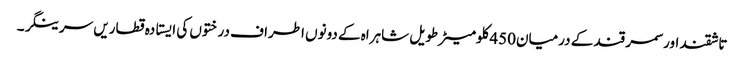
تاشقند اور سمر قند کے درمیان450کلومیٹر طویل شاہراہ کے دونوں اطراف درختوں کی ایستادہ قطاریں سرینگر۔